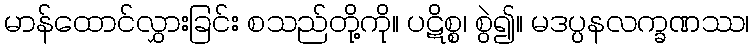
မာန်ထောင်လွှားခြင်း စသည်တို့ကို။ ပဋိစ္စ၊ စွဲ၍။ မဒပ္ပနလက္ခဏဿ၊